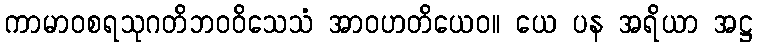
ကာမာဝစရသုဂတိဘဝဝိသေသံ အာဝဟတိယေဝ။ ယေ ပန အရိယာ အဋ္ဌ